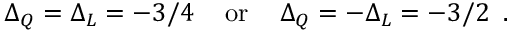
\Delta _ { Q } = \Delta _ { L } = - 3 / 4 \, \, \, \, \, \mathrm { ~ o r ~ } \, \, \, \, \, \Delta _ { Q } = - \Delta _ { L } = - 3 / 2 \, \, \, .